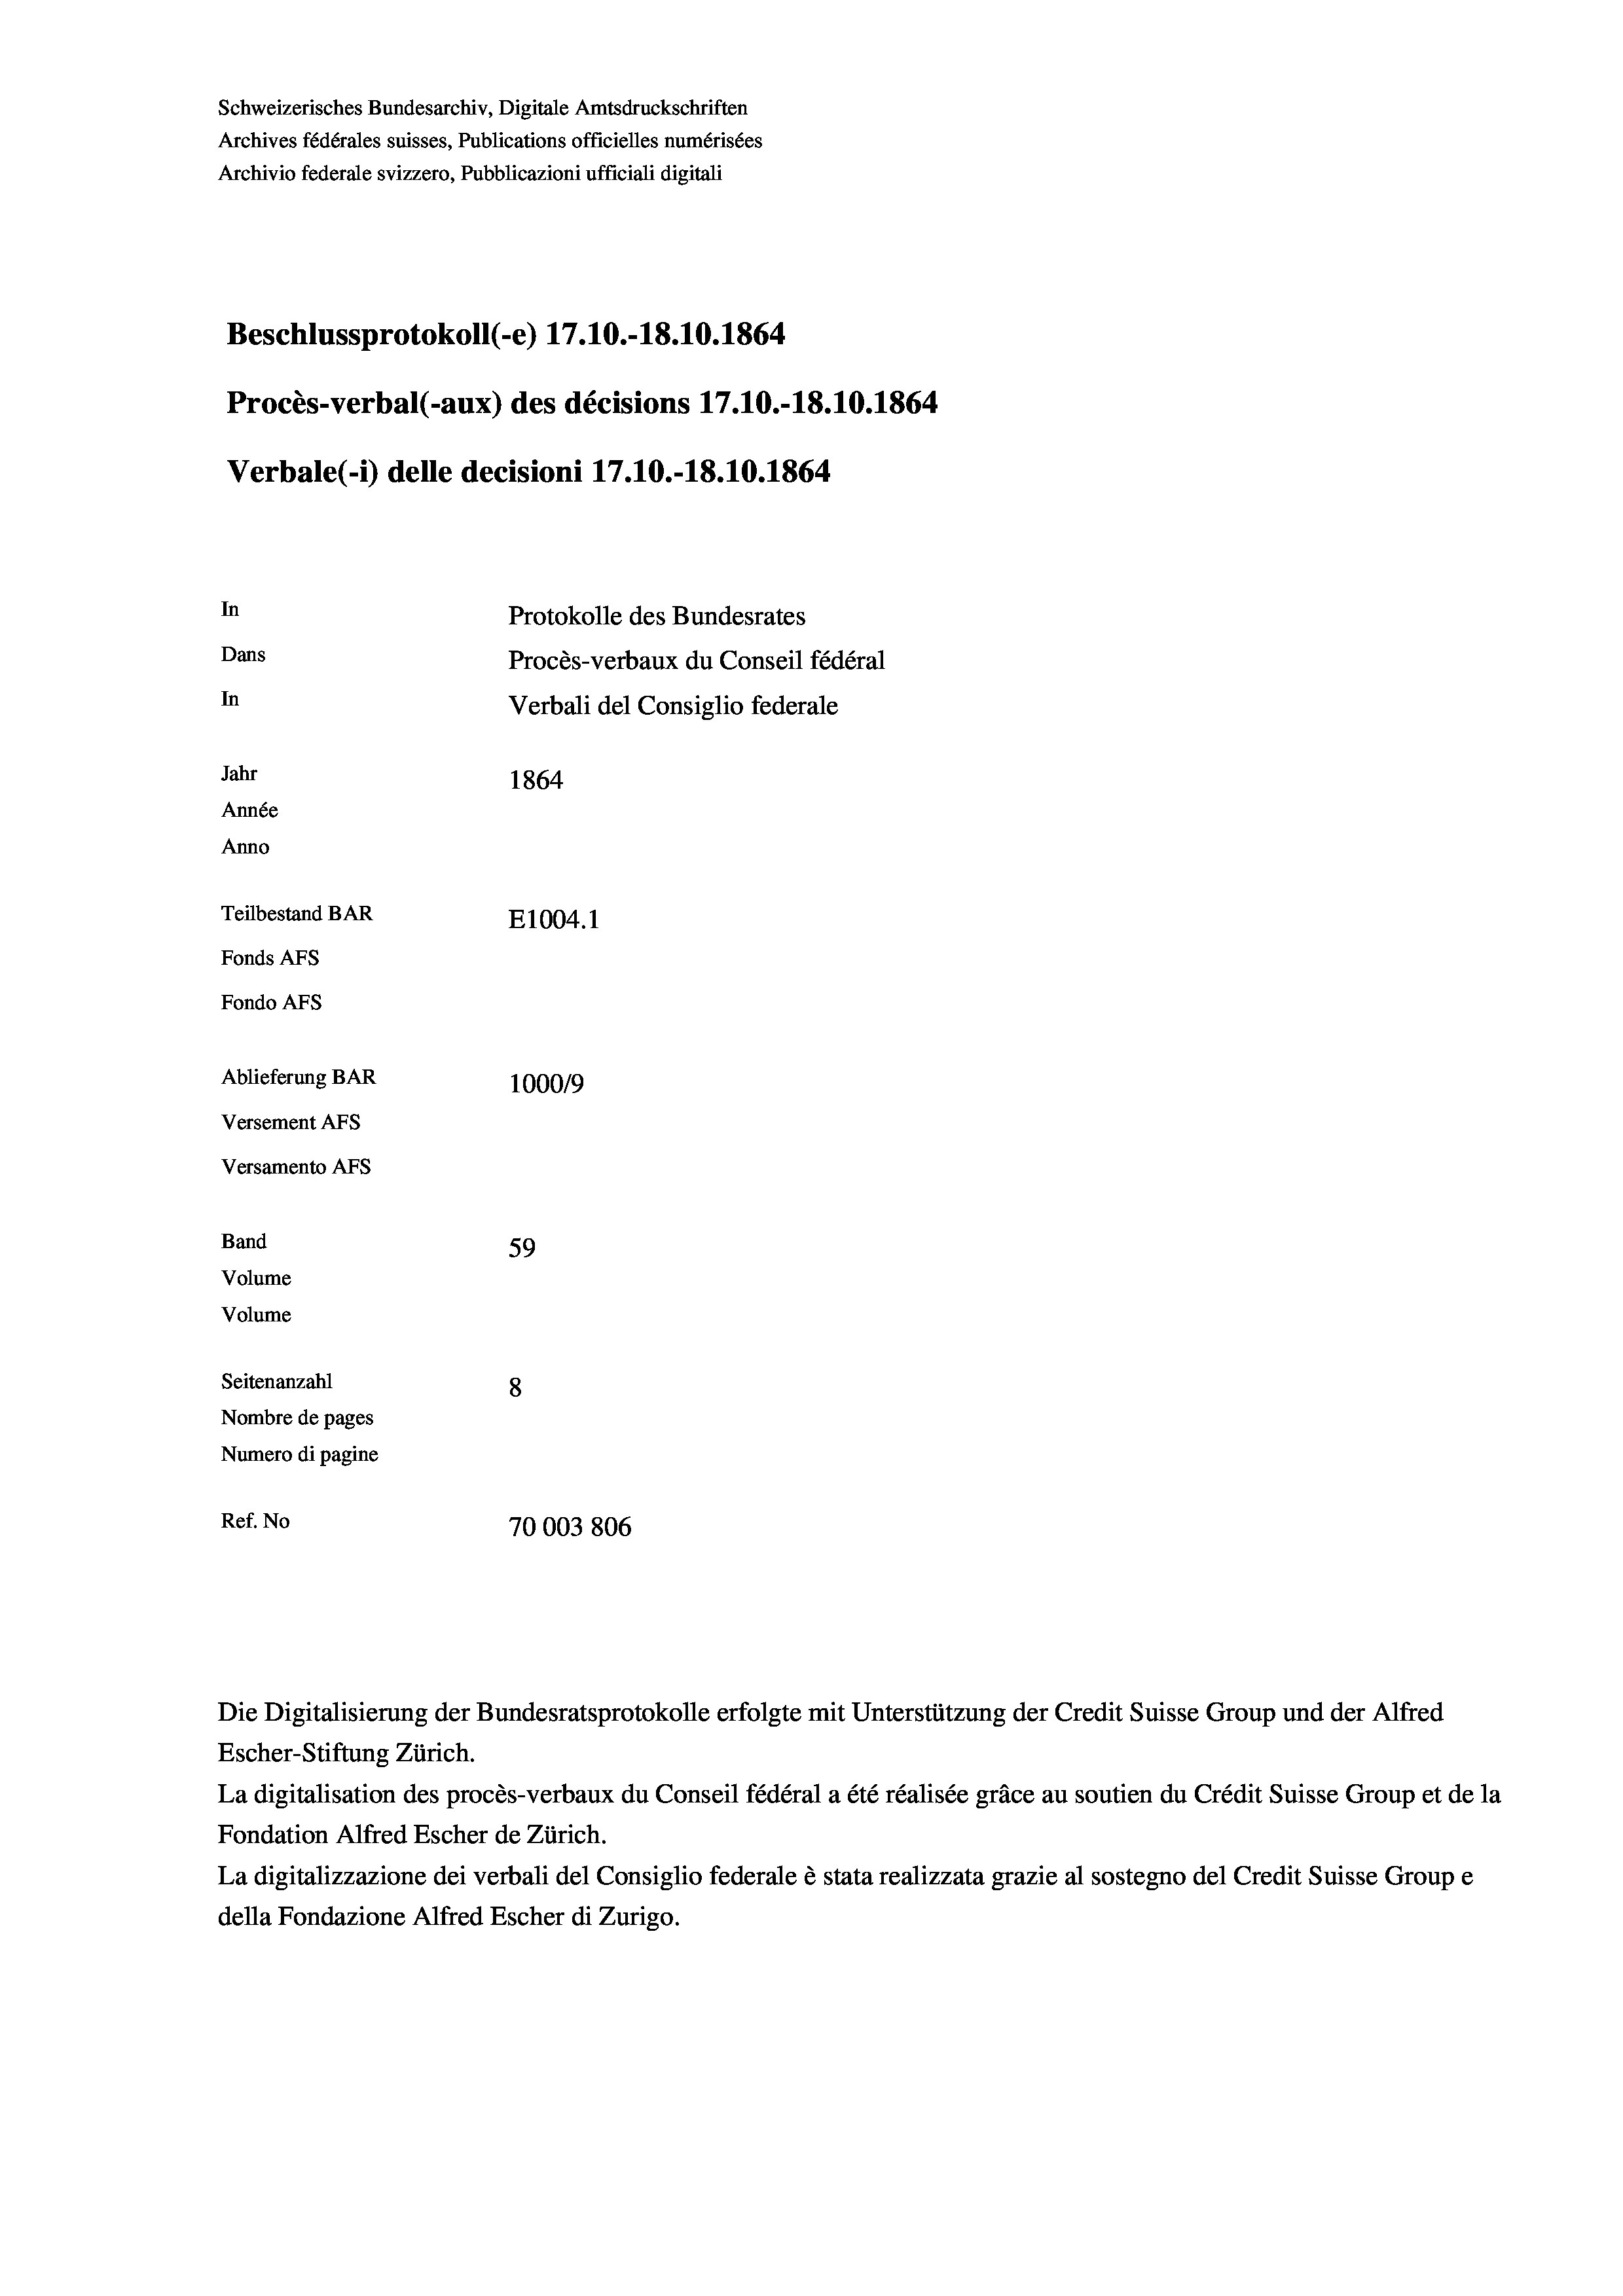
Schweizerisches Bundesarchiv, Digitale Amtsdruckschriften
Archives fédérales suisses, Publications officielles numérisées
Archivio federale svizzero, Pubblicazioni ufficiali digitali
Beschlussprotokoll (e) 17.10.-18.10. 1864
Procès-verbal (-aux) des décisions 17.10.-18.10.1864
Verbale(-*) delle decisioni 17.10.-18.10.1864
In
Protokolle des Bundesrates
Dans
Procès-verbaux du Conseil fédéral
In
Verbali del Consiglio federale
Jahr
1864
Année
Anno
Teilbestand BAR
E1004.1
Fonds AFs
Fondo AFs
Ablieferung BAR
100019
Versement AFs
Versamento Afs
Band
59
Volume
Volume
Seitenanzahl
8
Nombre de pages
Numero di pagine
Ref. No
70003 806

Escher-Stiftung Zürich.
La digitalisation des procès-verbaux du Conseil fédéral a été réalisée gräce au soutien du Crédit Suisse Group et de la
Fondation Alfred Escher de Zürich.
La digitalizzazione dei verbali del Consiglio federale è stata realizzata grazie al sostegno del Credit Suisse Groupe
della Fondazione Alfred Escher di Zurigo.

Die Digitalisierung der Bundesratsprotokolle erfolgte mit Unterstützung der Credit Suisse Group und der Alfred